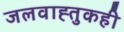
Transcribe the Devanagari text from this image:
जलवाह्तुकही